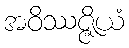
အဝိဿဇ္ဇိယံ